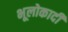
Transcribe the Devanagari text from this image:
भूलोकादी